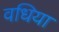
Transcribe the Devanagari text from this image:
वधिया